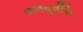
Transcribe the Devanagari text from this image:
पाणबुडींचे